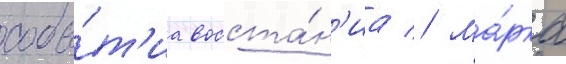
собы́т'иа восста́н'иа // Ма́рка